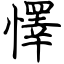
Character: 懌